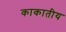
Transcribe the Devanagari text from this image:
काकातीय